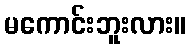
မကောင်းဘူးလား။